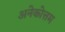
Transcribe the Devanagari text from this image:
अनेकोत्तम